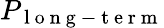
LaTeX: P_{\mathrm{~l~o~n~g~-~t~e~r~m~}}